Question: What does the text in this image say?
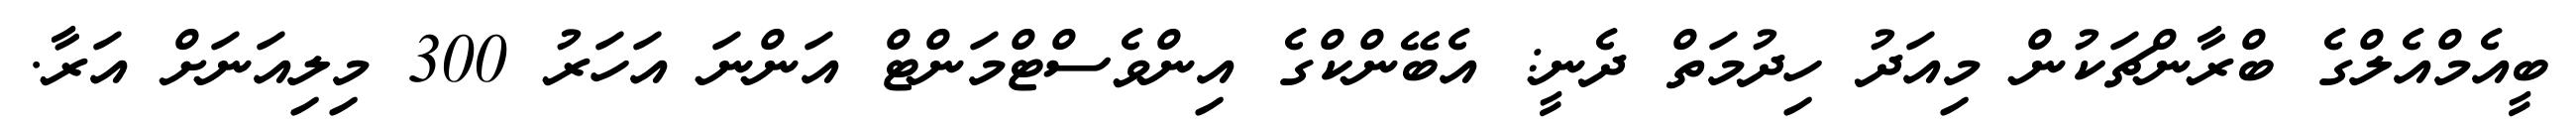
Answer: ބީއެމްއެލްގެ ބްރާންޗަކުން މިއަދު ހިދުމަތް ދެނީ: އެބޭންކްގެ އިންވެސްޓްމަންޓް އަންނަ އަހަރު 300 މިލިއަނަށް އަރާ.